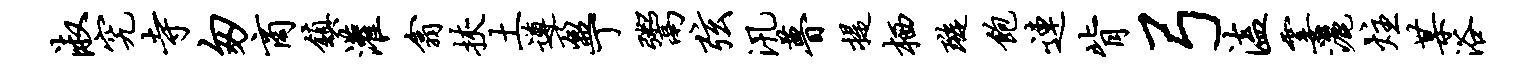
淑究寺匆商镇灌翕挟土遵盈丁鬻弦汛瞢提栖璇饱连背弓溘霎洒炷某浴